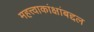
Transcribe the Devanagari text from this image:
महत्त्वाकांक्षांबद्दल